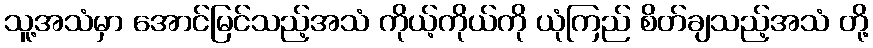
သူ့အသံမှာ အောင်မြင်သည့်အသံ ကိုယ့်ကိုယ်ကို ယုံကြည် စိတ်ချသည့်အသံ တို့